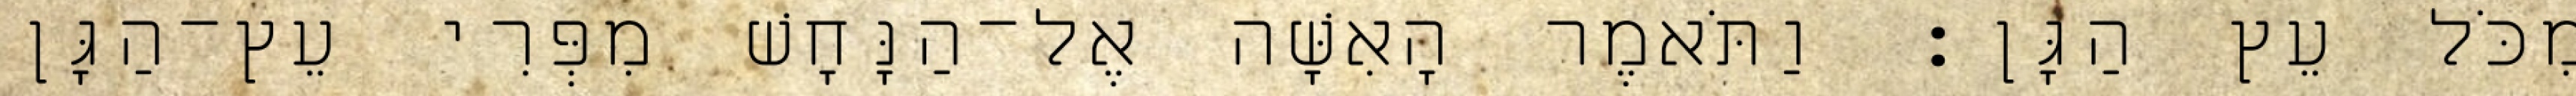
מִכֹּל עֵץ הַגָּן׃ וַתֹּאמֶר הָאִשָּׁה אֶל־הַנָּחָשׁ מִפְּרִי עֵץ־הַגָּן